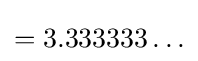
=3.333333\ldots